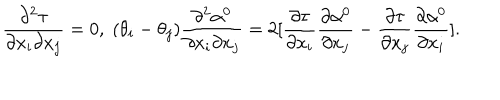
LaTeX: \frac { \partial ^ { 2 } \tau } { \partial x _ { i } \partial x _ { j } } = 0 , \; ( \theta _ { i } - \theta _ { j } ) \frac { \partial ^ { 2 } \alpha ^ { 0 } } { \partial x _ { i } \partial x _ { j } } = 2 [ \frac { \partial \tau } { \partial x _ { i } } \frac { \partial \alpha ^ { 0 } } { \partial x _ { j } } - \frac { \partial \tau } { \partial x _ { j } } \frac { \partial \alpha ^ { 0 } } { \partial x _ { i } } ] .